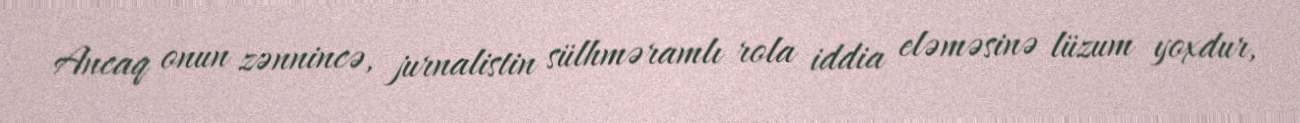
Ancaq onun zənnincə, jurnalistin sülhməramlı rola iddia eləməsinə lüzum yoxdur,